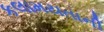
કલામયતાની